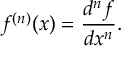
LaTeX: f ^ { ( n ) } ( x ) = { \frac { d ^ { n } f } { d x ^ { n } } } .